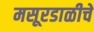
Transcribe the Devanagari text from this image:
मसूरडाळीचे